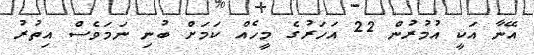
އޭނާ އަކީ އުމުރުން 22 އަހަރުގެ މީހެއް ކަމަށް ބުނި ނަމަވެސް އިތުރު